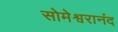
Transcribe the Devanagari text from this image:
सोमेश्वरानंद